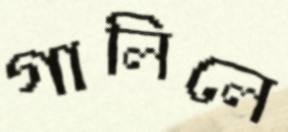
গালিলে